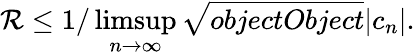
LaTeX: \mathcal{R}\leq1/\operatorname*{limsup}_{n\rightarrow\infty}{\sqrt{{{objectObject}}}{{|c_{n}|}}}.